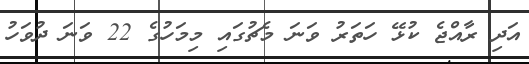
އަދި ރާއްޖެ ކުޅޭ ހަތަރު ވަނަ މެޗުގައި މިމަހުގެ 22 ވަނަ ދުވަހު